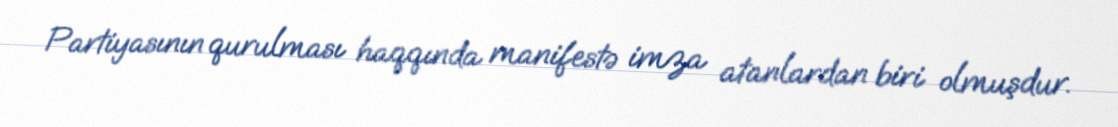
Partiyasının qurulması haqqında manifestə imza atanlardan biri olmuşdur.